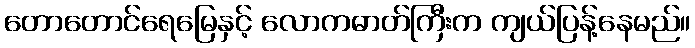
တောတောင်ရေမြေနှင့် လောကဓာတ်ကြီးက ကျယ်ပြန့်နေမည်။